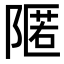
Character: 𮥛